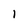
Character: 1